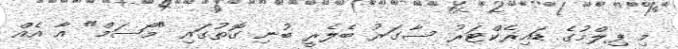
މި ފިލްމުގެ ޑައިރެކްޓަރު ސާގަރު ބެލެރީ ބުނި ގޮތުގައި "މޯސަމް" އާ އެއް